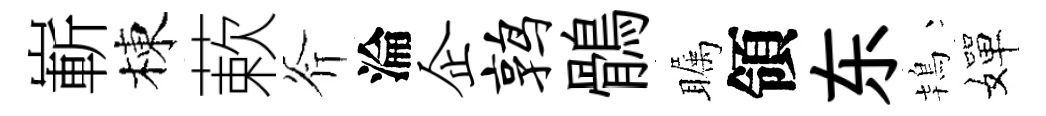
嶄棟蔌斧淪企鹑鶻瞩領东鴇嬋